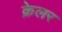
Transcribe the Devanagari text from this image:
क्रेलर